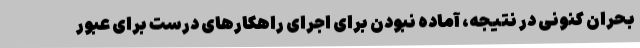
بحران کنونی در نتیجه، آماده نبودن برای اجرای راهکارهای درست برای عبور